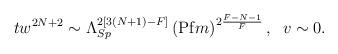
LaTeX: \begin{align*} t w^{2N+2} \sim \Lambda_{Sp}^{2 [3(N+1)-F]} \left({\rm Pf} m\right)^{2\frac{F-N-1}{F}}, \; \; v \sim 0.\end{align*}